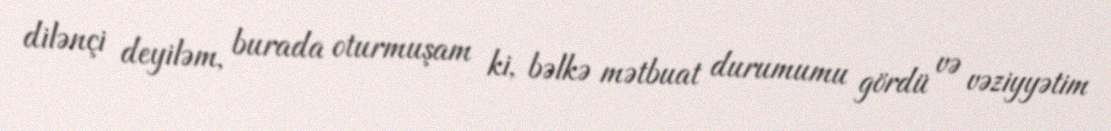
dilənçi deyiləm, burada oturmuşam ki, bəlkə mətbuat durumumu gördü və vəziyyətim